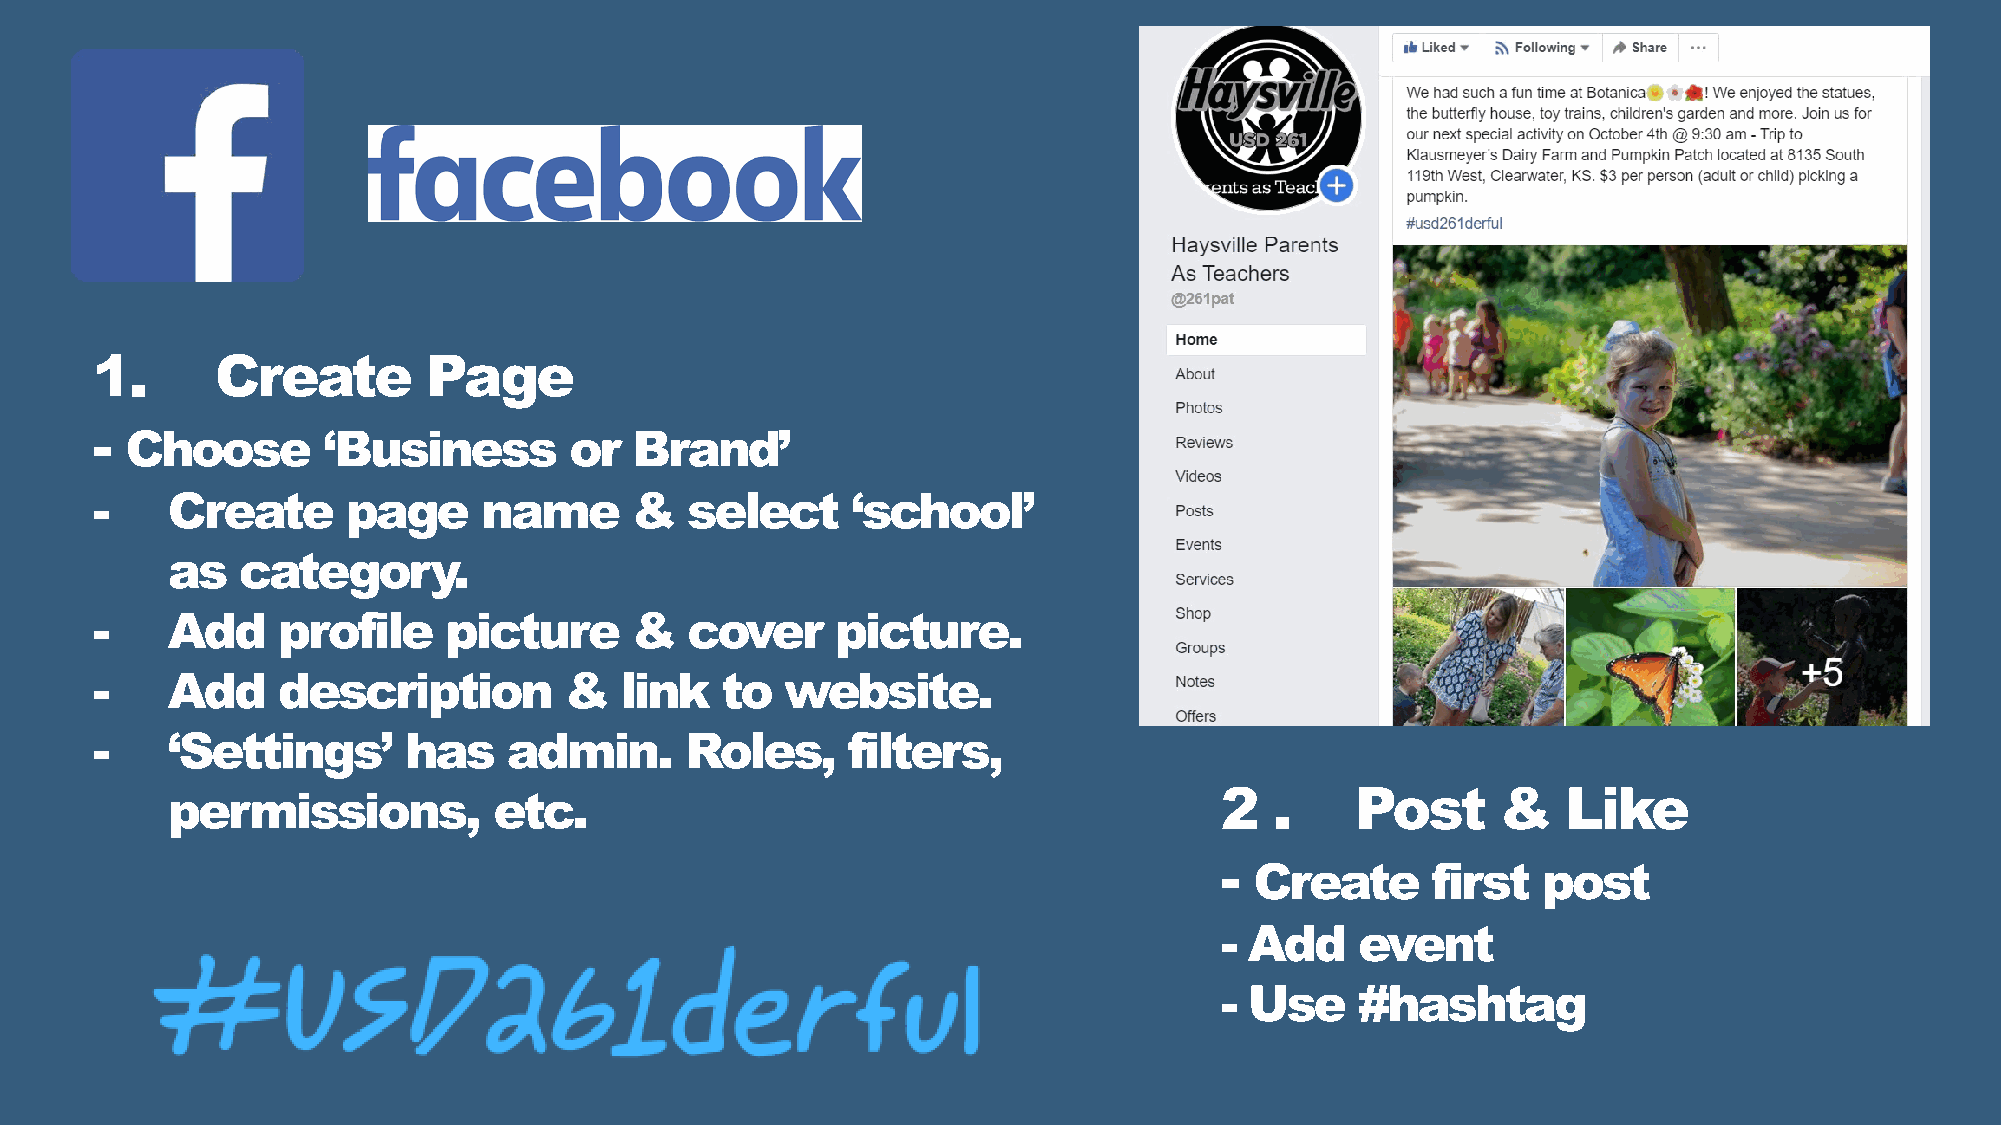
1.      Create        Page
 - Choose       ‘Business        or  Brand’
 -    Create      page     name      &  select     ‘school’
 as   category.
 -    Add    profile    picture      &  cover     picture.
 -    Add    description        &   link   to  website.
 -    ‘Settings’      has    admin.     Roles,     filters,
 permissions,          etc.                                            2  .     Post     &    Like
 - Create      first  post
 - Add    event
 - Use    #hashtag